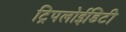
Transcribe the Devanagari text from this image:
ट्रिपलोईडिटी